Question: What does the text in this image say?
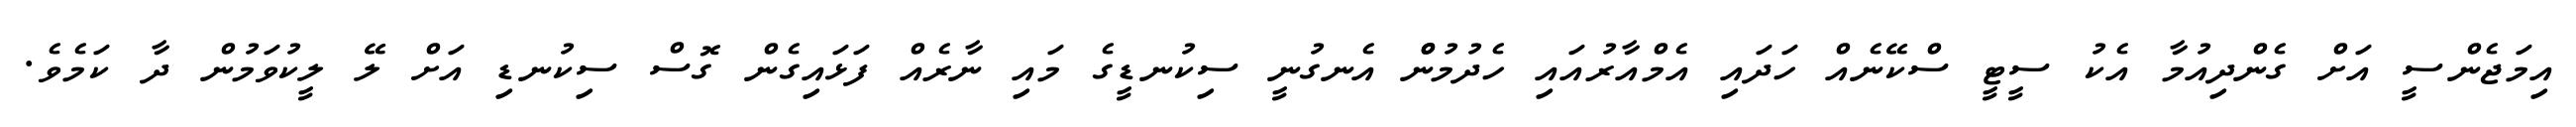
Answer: އިމަޖެންސީ އަށް ގެންދިއުމާ އެކު ސީޓީ ސްކޭނެއް ހަދައި އެމްއާރުއައި ހެދުމުންް އެނގުނީ ސިކުނޑީގެ މައި ނާރެއް ފަޅައިގެން ގޮސް ސިކުނޑި އަށް ލޭ ލީކުވަމުން ދާ ކަމެވެ.